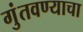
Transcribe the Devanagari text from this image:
गुंतवण्याचा